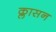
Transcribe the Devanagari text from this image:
क्लासन